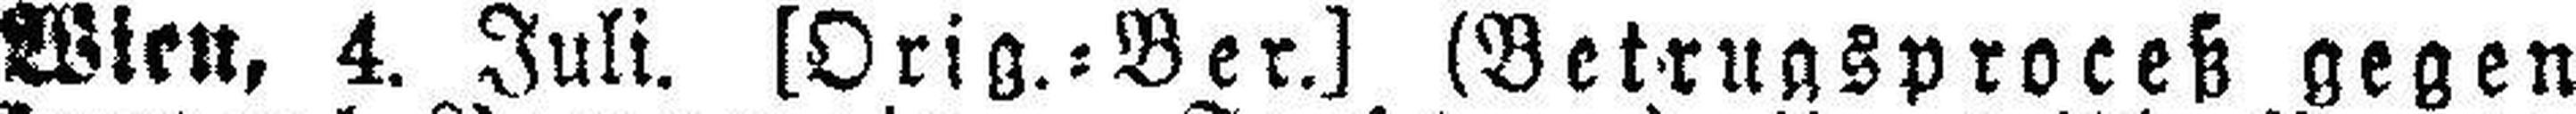
Wien, 4. Juli. [Orig.=Ber.] (Betrugsproceß gegen